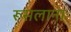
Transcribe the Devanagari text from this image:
रूसलानाः